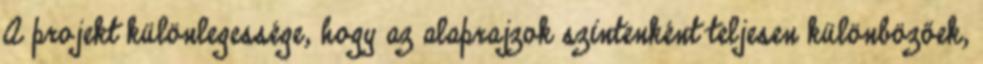
A projekt különlegessége, hogy az alaprajzok szintenként teljesen különbözőek,